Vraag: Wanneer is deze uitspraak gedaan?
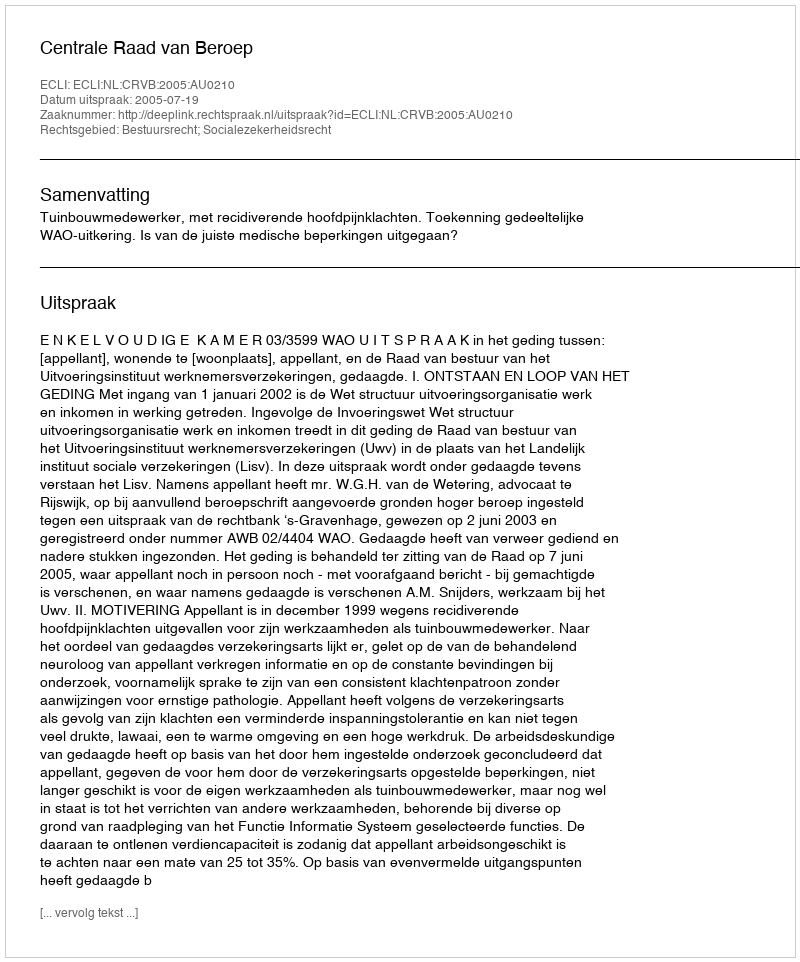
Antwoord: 2005-07-19